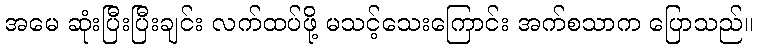
အမေ ဆုံးပြီးပြီးချင်း လက်ထပ်ဖို့ မသင့်သေးကြောင်း အက်စသာက ပြောသည်။